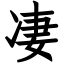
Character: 凄